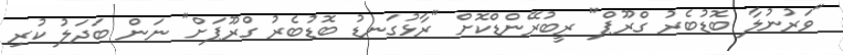
"ވަރުނުލާ ބޮޑުބެރު ގްރޫޕް" ރީބުރޭންޑްކޮށް "ރާޅުގަނޑު ބޮޑުބެރު ގްރޫޕަށް" ނަން ބަދަލު ކުރި